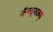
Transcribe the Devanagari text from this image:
ङॅङ्ळृश्ळ्फ्